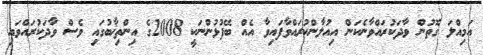
އަމިއްލަ ގޮތުން ވާދަކުރައްވާނެކަން އިއުލާންކުރައްވާފައިވާ އެއް ބޭފުޅުންނަކީ 2008ގެ އިންތިޚާބުގައި ވެސް ވާދަކުރައްވައި